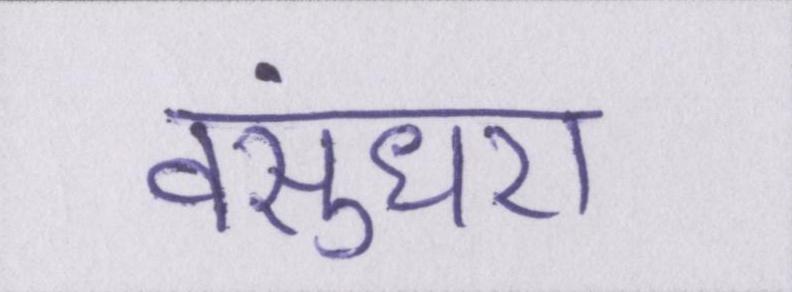
वसुंधरा